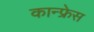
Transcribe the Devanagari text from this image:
कान्फ्रेस